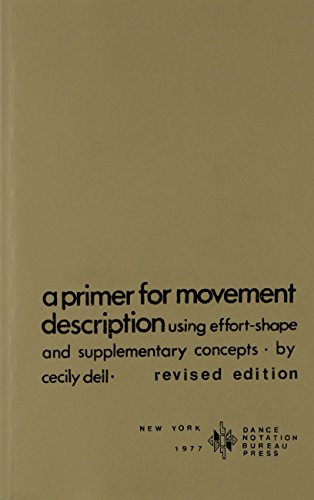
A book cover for Primer for Movement Description Using Effort/Shape; Cecily Dell; Humor & Entertainment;